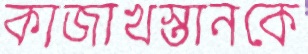
কাজাখস্তানকে